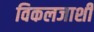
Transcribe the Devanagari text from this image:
विकलजाशी